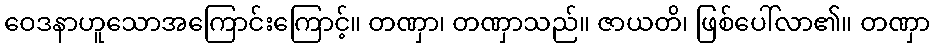
ဝေဒနာဟူသောအကြောင်းကြောင့်။ တဏှာ၊ တဏှာသည်။ ဇာယတိ၊ ဖြစ်ပေါ်လာ၏။ တဏှာ